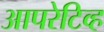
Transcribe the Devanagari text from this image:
आपरेटिव्ह